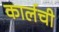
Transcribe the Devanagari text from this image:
कार्लची